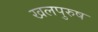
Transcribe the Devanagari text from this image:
खलपुरुष